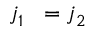
j _ { 1 } ^ { \mathrm { ~ \, ~ } } = j _ { 2 } ^ { \mathrm { ~ \, ~ } }